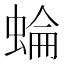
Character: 蜦